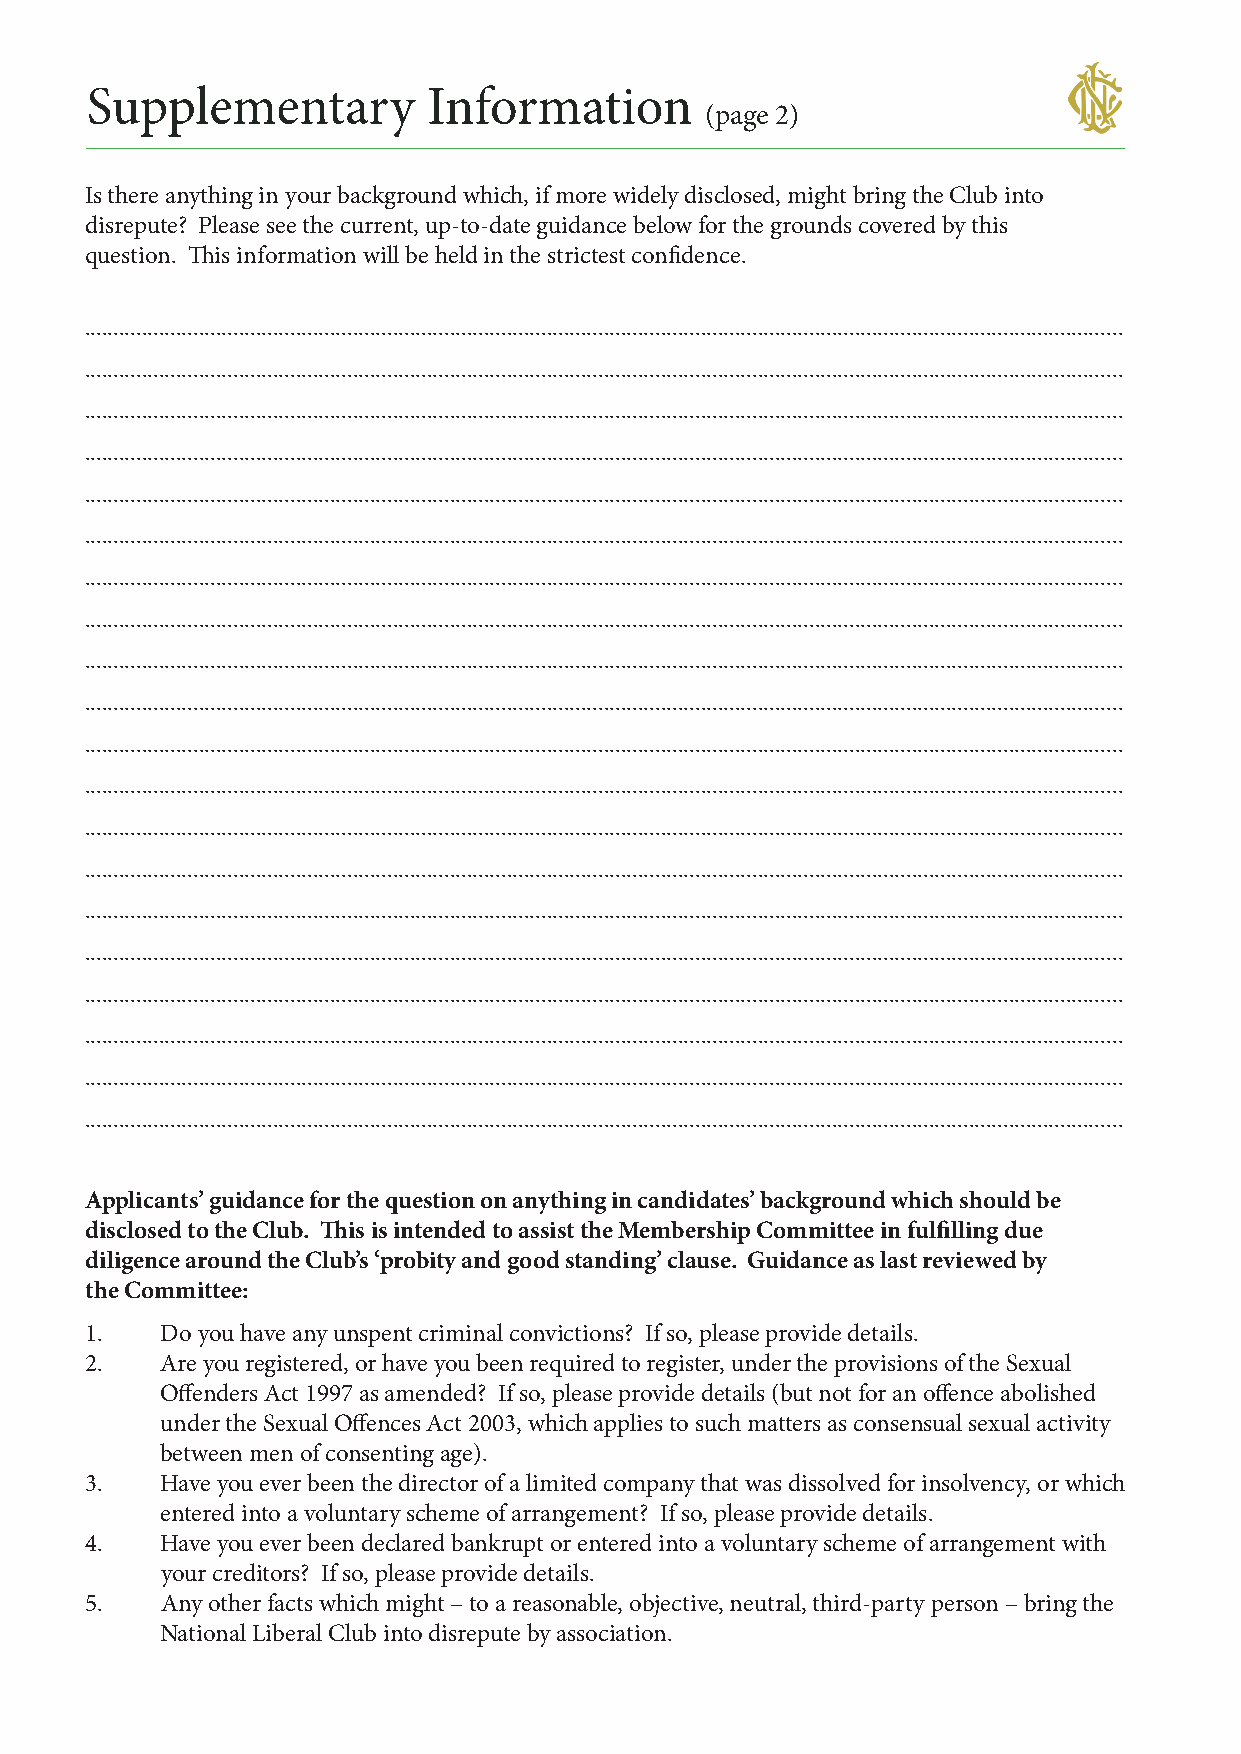
Supplementary         Information
 (page 2)
 Is there anything in your background which, if more widely disclosed, might bring the Club into
 disrepute? Please see the current, up-to-date guidance below for the grounds covered by this
 question. Th is information will be held in the strictest confi dence.
 ......................................................................................................................................................................................
 ......................................................................................................................................................................................
 ......................................................................................................................................................................................
 ......................................................................................................................................................................................
 ......................................................................................................................................................................................
 ......................................................................................................................................................................................
 ......................................................................................................................................................................................
 ......................................................................................................................................................................................
 ......................................................................................................................................................................................
 ......................................................................................................................................................................................
 ......................................................................................................................................................................................
 ......................................................................................................................................................................................
 ......................................................................................................................................................................................
 ......................................................................................................................................................................................
 ......................................................................................................................................................................................
 ......................................................................................................................................................................................
 ......................................................................................................................................................................................
 ......................................................................................................................................................................................
 ......................................................................................................................................................................................
 ......................................................................................................................................................................................
 Applicants’ guidance for the question on anything in candidates’ background which should be
 disclosed to the Club. Th is is intended to assist the Membership Committee in fulfi lling due
 diligence around the Club’s ‘probity and good standing’ clause. Guidance as last reviewed by
 the Committee:
 1.   Do you have any unspent criminal convictions? If so, please provide details.
 2.   Are you registered, or have you been required to register, under the provisions of the Sexual
 Off enders Act 1997 as amended? If so, please provide details (but not for an off ence abolished
 under the Sexual Off ences Act 2003, which applies to such matters as consensual sexual activity
 between men of consenting age).
 3.   Have you ever been the director of a limited company that was dissolved for insolvency, or which
 entered into a voluntary scheme of arrangement? If so, please provide details.
 4.   Have you ever been declared bankrupt or entered into a voluntary scheme of arrangement with
 your creditors? If so, please provide details.
 5.   Any other facts which might – to a reasonable, objective, neutral, third-party person – bring the
 National Liberal Club into disrepute by association.